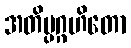
အတိပ္ပဂ္ဂဟိတော